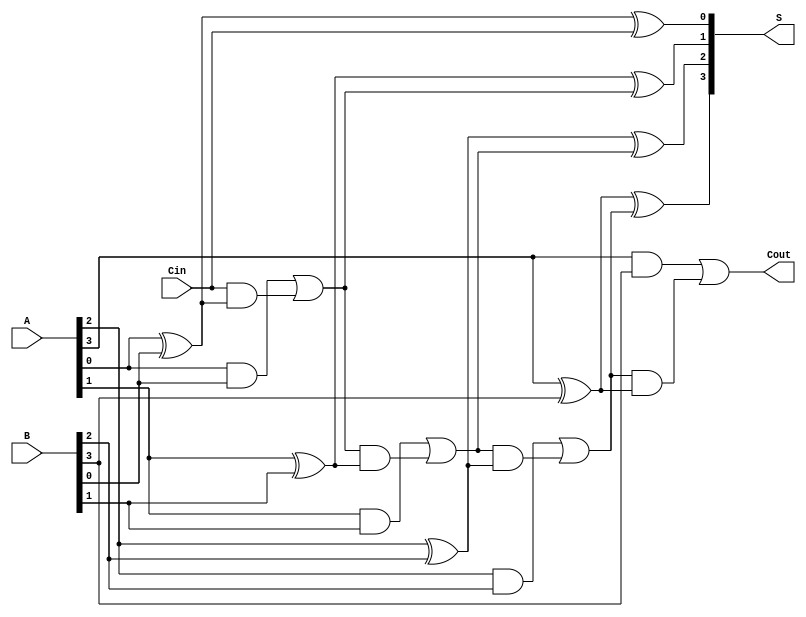
module LingAdder #(
    parameter n = 4  // You can change this parameter to any bit-width
)(
    input  [n-1:0] A,     // First n-bit input
    input  [n-1:0] B,     // Second n-bit input
    input  Cin,           // Carry-in bit
    output [n-1:0] S,     // n-bit Sum output
    output Cout           // Carry-out bit
);

    wire [n:0] C;         // Carry wires, C[0] is used for Cin

    // Assign the initial carry-in
    assign C[0] = Cin;

    // Sum and Carry generation
    genvar i;
    generate
        for (i = 0; i < n; i = i + 1) begin: adder
            // Sum generation
            assign S[i] = A[i] ^ B[i] ^ C[i];
            
            // Carry generation
            assign C[i + 1] = (A[i] & B[i]) | (C[i] & (A[i] ^ B[i]));
        end
    endgenerate

    // Assign the final carry-out
    assign Cout = C[n];

endmodule